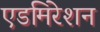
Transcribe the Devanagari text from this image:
एडमिरेशन